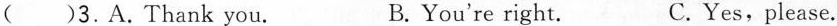
( )3.A.Thank you. B. You're right. C. Yes,please.